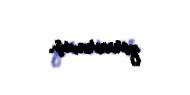
qorxurmuş.